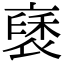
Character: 褎